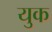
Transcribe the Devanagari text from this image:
युक